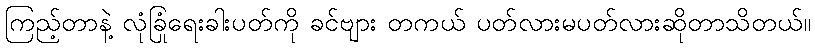
ကြည့်တာနဲ့ လုံခြုံရေးခါးပတ်ကို ခင်ဗျား တကယ် ပတ်လားမပတ်လားဆိုတာသိတယ်။